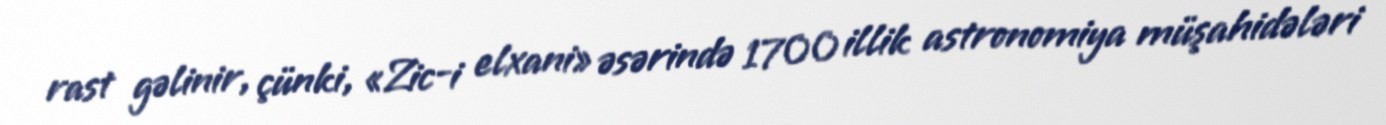
rast gəlinir, çünki, «Zic-i elxani» əsərində 1700 illik astronomiya müşahidələri